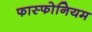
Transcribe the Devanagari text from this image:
फास्फोनियम